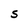
Character: S